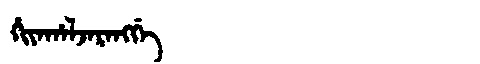
Manchu: ᡥᡳᠶᠠᡥᠠᠯᠵᠠᡵᠠᠩᡤᡝ
Romanization: HIYAHALJARANGGE